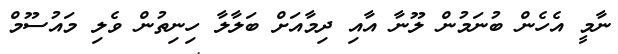
ނާމީ އެހެން ބުނަމުން ލޫނާ އާއި ދިމާއަށް ބަލާލާ ހިނިތުން ވެލި މައުސޫމް